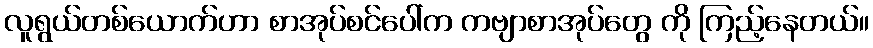
လူရွယ်တစ်ယောက်ဟာ စာအုပ်စင်ပေါ်က ကဗျာစာအုပ်တွေ ကို ကြည့်နေတယ်။